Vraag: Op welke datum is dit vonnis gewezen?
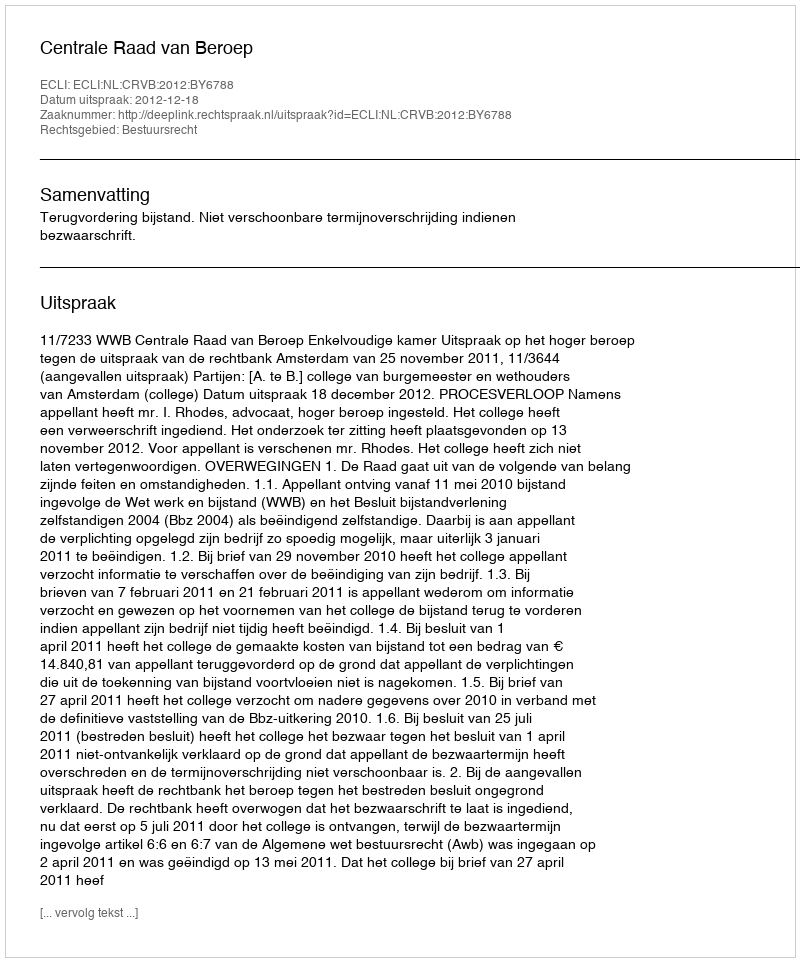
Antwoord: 2012-12-18